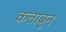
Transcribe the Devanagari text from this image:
कताबुन